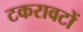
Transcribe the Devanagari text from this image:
टकरावटों